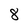
Character: 8